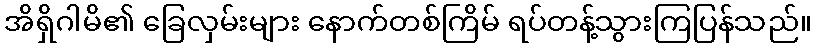
အိရှိဂါမိ၏ ခြေလှမ်းများ နောက်တစ်ကြိမ် ရပ်တန့်သွားကြပြန်သည်။